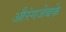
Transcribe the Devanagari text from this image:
औरंगजेबके